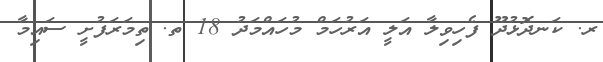
ރ. ކަނދޮޅުދޫ ފެހިވިލާ އަލީ އަރުހަމް މުހައްމަދު 18 ތ. ތިމަރަފުށީ ސައިމާ